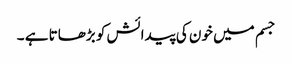
جسم میں خون کی پیدائش کو بڑھاتا ہے ۔